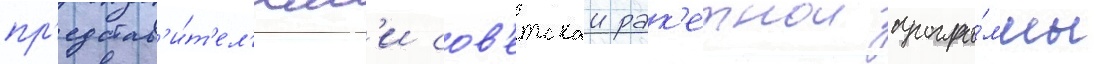
пр'едстав'и́т'ел'ям'и сов'етскои рак'етнои програ́ммы